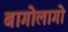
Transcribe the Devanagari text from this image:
बागोलागो